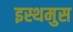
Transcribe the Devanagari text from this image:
इस्थमुस